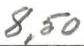
8,50